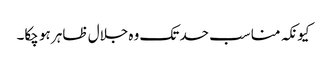
کیونکہ مناسب حد تک وہ جلال ظاہر ہو چکا۔